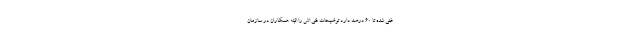
غنی شده تا ۶۰ درصد دارد توضیحات فنی اش را البته همکاران در سازمان